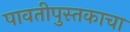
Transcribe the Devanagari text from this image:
पावतीपुस्तकाचा